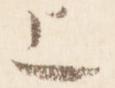
上